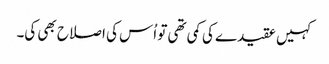
کہیں عقیدے کی کمی تھی تو اُس کی اصلاح بھی کی۔